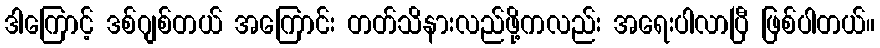
ဒါကြောင့် ဒစ်ဂျစ်တယ် အကြောင်း တတ်သိနားလည်ဖို့ကလည်း အရေးပါလာပြီ ဖြစ်ပါတယ်။